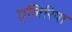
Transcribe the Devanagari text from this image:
एलिरिया